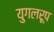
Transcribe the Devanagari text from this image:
युगलरूप